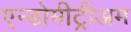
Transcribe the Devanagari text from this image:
एन्डोमीट्रीअम